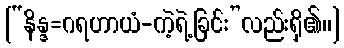
[“နိန္ဒ=ဂရဟာယံ-ကဲ့ရဲ့ခြင်း”လည်းရှိ၏၊၊]